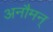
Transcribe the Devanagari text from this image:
अनौमन्